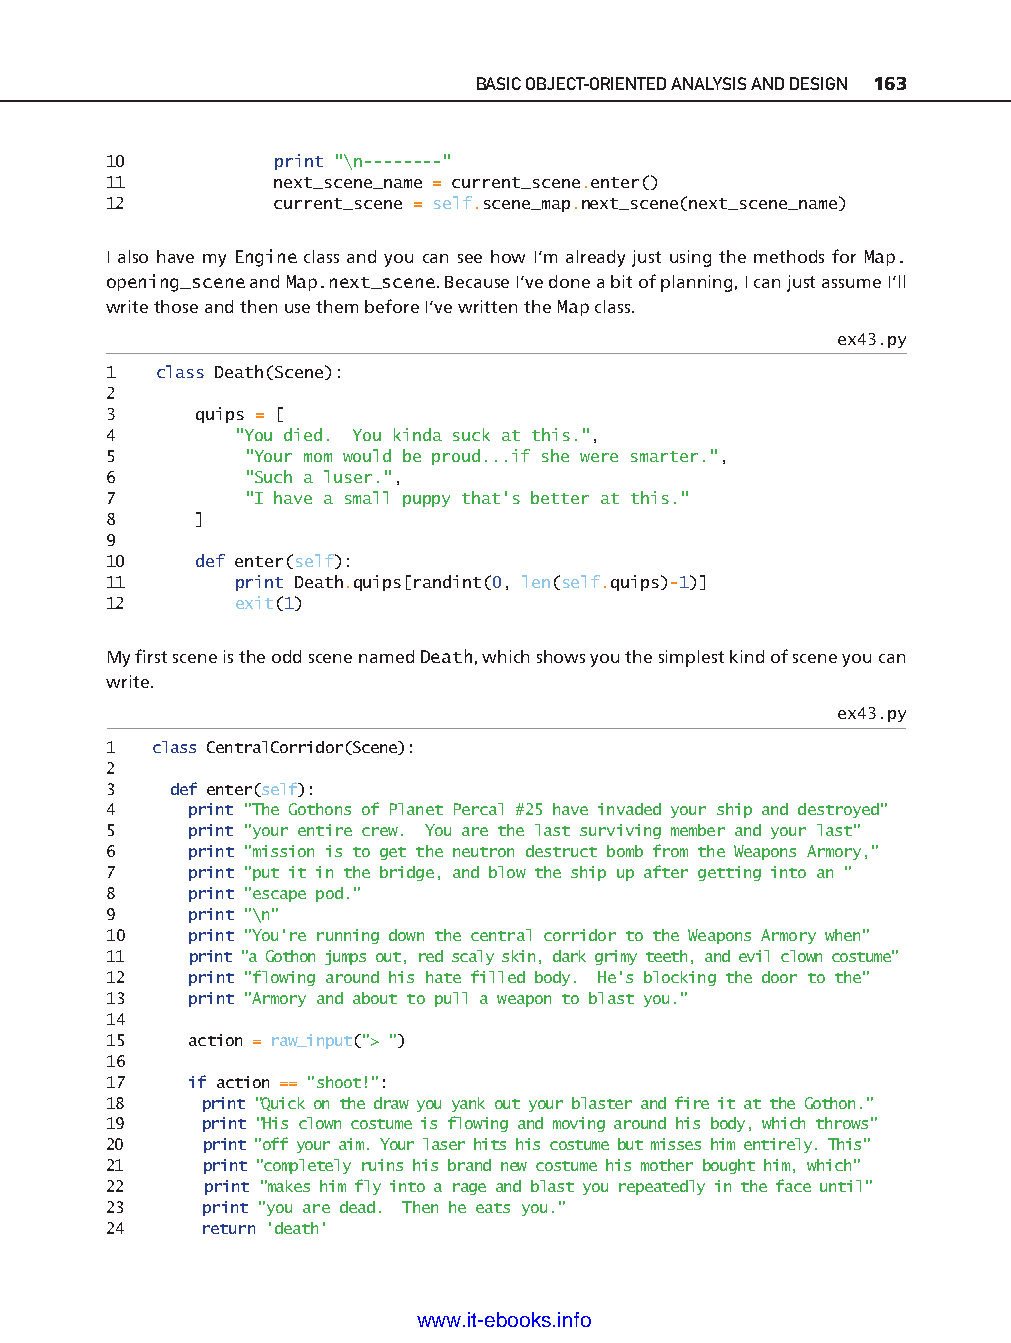
BASIC OBJECT- ORIENTED ANALYSIS AND DESIGN 163
 10          print "\n-- - -- - - - "
 11          next_scene_name = current_scene.enter()
 12          current_scene = self.scene_map.next_scene(next_scene_name)
 I also have my Engine class and you can see how I’m already just using the methods for Map.
 opening_scene and Map.next_scene. Because I’ve done a bit of planning, I can just assume I’ll
 write those and then use them before I’ve written the Map class.
 ex43.py
 1   class Death(Scene):
 2
 3     quips = [
 4        "You died. You kinda suck at this.",
 5         "Your mom would be proud...if she were smarter.",
 6         "Such a luser.",
 7         "I have a small puppy that's better at this."
 8     ]
 9
 10    def enter(self):
 11       print Death.quips[randint(0, len(self.quips)-1 )]
 12       exit(1)
 My fi rst scene is the odd scene named Death, which shows you the simplest kind of scene you can
 write.                                                                        ptg11539604
 ex43.py
 1  class CentralCorridor(Scene):
 2
 3    def enter(self):
 4     print "The Gothons of Planet Percal #25 have invaded your ship and destroyed"
 5     print "your entire crew. You are the last surviving member and your last"
 6     print "mission is to get the neutron destruct bomb from the Weapons Armory,"
 7     print "put it in the bridge, and blow the ship up after getting into an "
 8     print "escape pod."
 9     print "\n"
 10    print "You're running down the central corridor to the Weapons Armory when"
 11    print "a Gothon jumps out, red scaly skin, dark grimy teeth, and evil clown costume"
 12    print "flowing around his hate filled body. He's blocking the door to the"
 13    print "Armory and about to pull a weapon to blast you."
 14
 15    action = raw_input("> ")
 16
 17    if action == "shoot!":
 18     print "Quick on the draw you yank out your blaster and fire it at the Gothon."
 19     print "His clown costume is flowing and moving around his body, which throws"
 20     print "off your aim. Your laser hits his costume but misses him entirely. This"
 21     print "completely ruins his brand new costume his mother bought him, which"
 22     print "makes him fly into a rage and blast you repeatedly in the face until"
 23     print "you are dead. Then he eats you."
 24     return 'death'
 www.it-ebooks.info